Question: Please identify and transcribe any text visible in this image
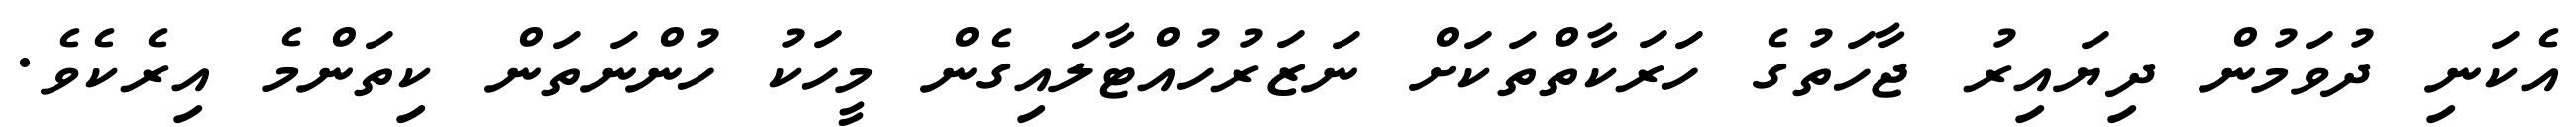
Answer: އެކަނި ދުވަމުން ދިޔައިރު ޖާހަތުގެ ހަރަކާތްތަކަށް ނަޒަރުހުއްޓާލައިގެން މީހަކު ހުންނަތަން ކިތަންމެ އިރެކެވެ.